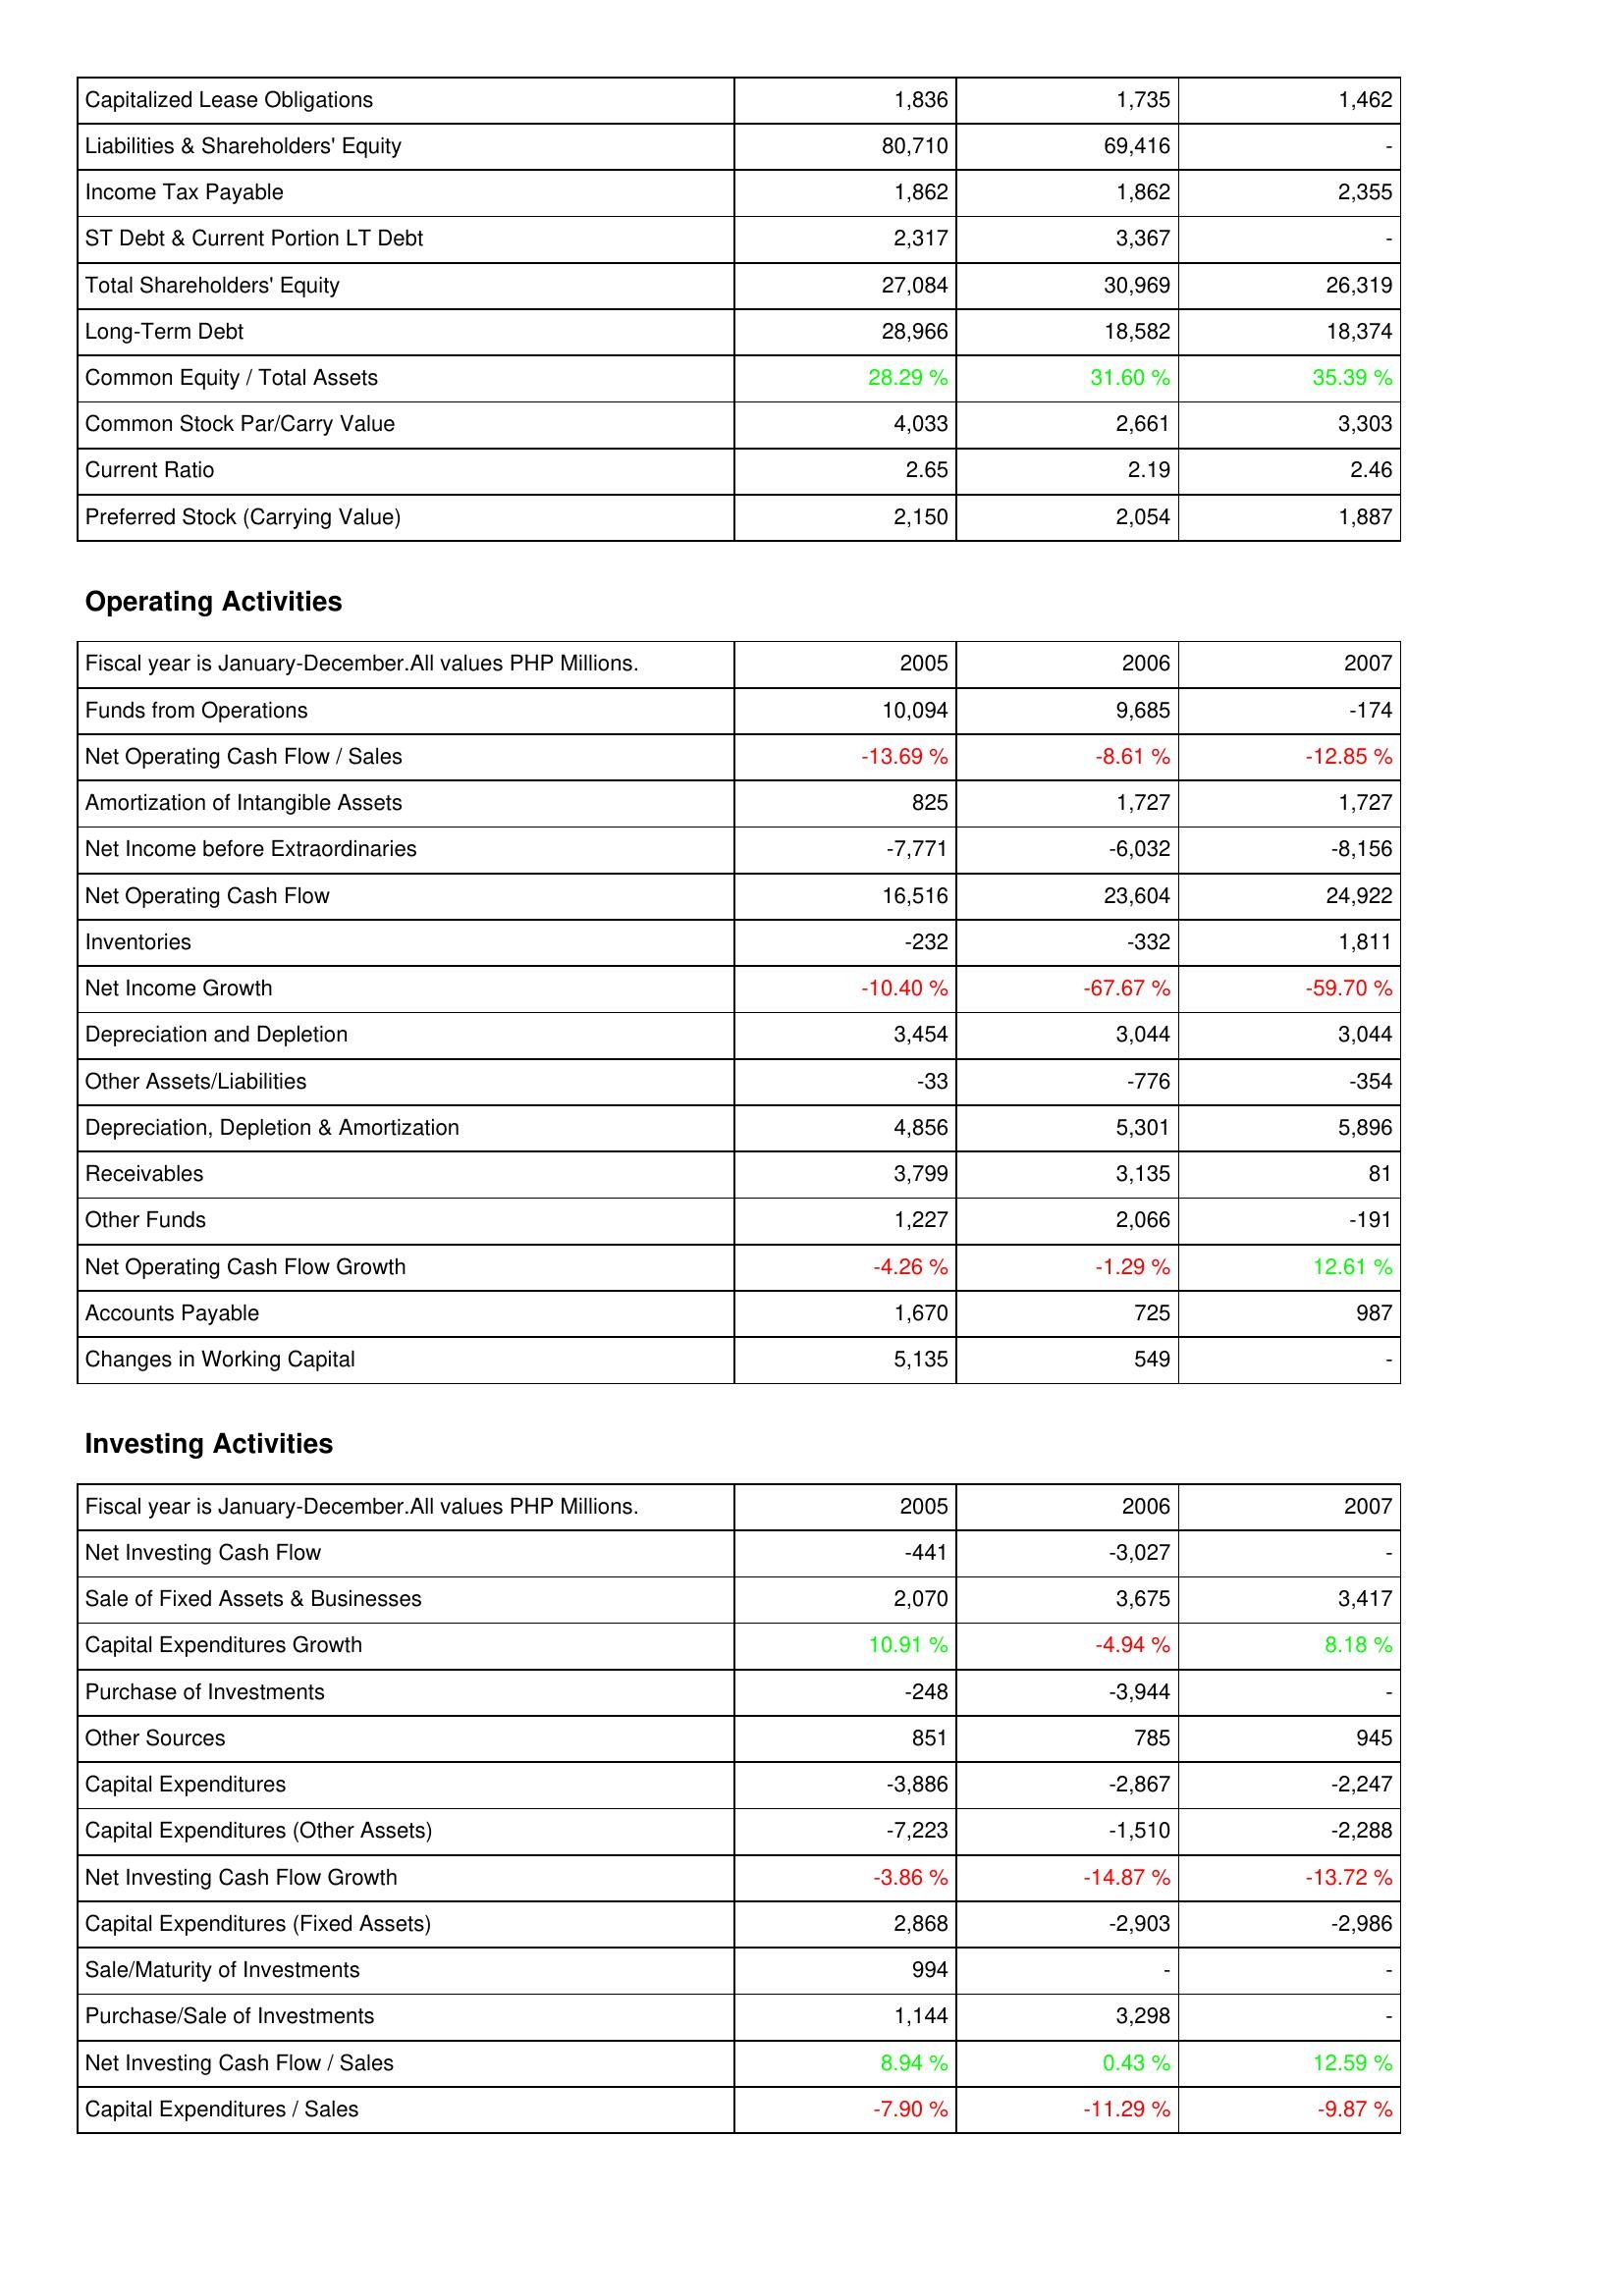
2005: Liabilities & Shareholders' Equity: Capitalized Lease Obligations: 1,836
Liabilities & Shareholders' Equity: 80,710
Income Tax Payable: 1,862
ST Debt & Current Portion LT Debt: 2,317
Total Shareholders' Equity: 27,084
Long-Term Debt: 28,966
Common Equity / Total Assets: 28.29 %
Common Stock Par/Carry Value: 4,033
Current Ratio: 2.65
Preferred Stock (Carrying Value): 2,150
Operating Activities: Funds from Operations: 10,094
Net Operating Cash Flow / Sales: -13.69 %
Amortization of Intangible Assets: 825
Net Income before Extraordinaries: -7,771
Net Operating Cash Flow: 16,516
Inventories: -232
Net Income Growth: -10.40 %
Depreciation and Depletion: 3,454
Other Assets/Liabilities: -33
Depreciation, Depletion & Amortization: 4,856
Receivables: 3,799
Other Funds: 1,227
Net Operating Cash Flow Growth: -4.26 %
Accounts Payable: 1,670
Changes in Working Capital: 5,135
Investing Activities: Net Investing Cash Flow: -441
Sale of Fixed Assets & Businesses: 2,070
Capital Expenditures Growth: 10.91 %
Purchase of Investments: -248
Other Sources: 851
Capital Expenditures: -3,886
Capital Expenditures (Other Assets): -7,223
Net Investing Cash Flow Growth: -3.86 %
Capital Expenditures (Fixed Assets): 2,868
Sale/Maturity of Investments: 994
Purchase/Sale of Investments: 1,144
Net Investing Cash Flow / Sales: 8.94 %
Capital Expenditures / Sales: -7.90 %
2006: Liabilities & Shareholders' Equity: Capitalized Lease Obligations: 1,735
Liabilities & Shareholders' Equity: 69,416
Income Tax Payable: 1,862
ST Debt & Current Portion LT Debt: 3,367
Total Shareholders' Equity: 30,969
Long-Term Debt: 18,582
Common Equity / Total Assets: 31.60 %
Common Stock Par/Carry Value: 2,661
Current Ratio: 2.19
Preferred Stock (Carrying Value): 2,054
Operating Activities: Funds from Operations: 9,685
Net Operating Cash Flow / Sales: -8.61 %
Amortization of Intangible Assets: 1,727
Net Income before Extraordinaries: -6,032
Net Operating Cash Flow: 23,604
Inventories: -332
Net Income Growth: -67.67 %
Depreciation and Depletion: 3,044
Other Assets/Liabilities: -776
Depreciation, Depletion & Amortization: 5,301
Receivables: 3,135
Other Funds: 2,066
Net Operating Cash Flow Growth: -1.29 %
Accounts Payable: 725
Changes in Working Capital: 549
Investing Activities: Net Investing Cash Flow: -3,027
Sale of Fixed Assets & Businesses: 3,675
Capital Expenditures Growth: -4.94 %
Purchase of Investments: -3,944
Other Sources: 785
Capital Expenditures: -2,867
Capital Expenditures (Other Assets): -1,510
Net Investing Cash Flow Growth: -14.87 %
Capital Expenditures (Fixed Assets): -2,903
Sale/Maturity of Investments: -
Purchase/Sale of Investments: 3,298
Net Investing Cash Flow / Sales: 0.43 %
Capital Expenditures / Sales: -11.29 %
2007: Liabilities & Shareholders' Equity: Capitalized Lease Obligations: 1,462
Liabilities & Shareholders' Equity: -
Income Tax Payable: 2,355
ST Debt & Current Portion LT Debt: -
Total Shareholders' Equity: 26,319
Long-Term Debt: 18,374
Common Equity / Total Assets: 35.39 %
Common Stock Par/Carry Value: 3,303
Current Ratio: 2.46
Preferred Stock (Carrying Value): 1,887
Operating Activities: Funds from Operations: -174
Net Operating Cash Flow / Sales: -12.85 %
Amortization of Intangible Assets: 1,727
Net Income before Extraordinaries: -8,156
Net Operating Cash Flow: 24,922
Inventories: 1,811
Net Income Growth: -59.70 %
Depreciation and Depletion: 3,044
Other Assets/Liabilities: -354
Depreciation, Depletion & Amortization: 5,896
Receivables: 81
Other Funds: -191
Net Operating Cash Flow Growth: 12.61 %
Accounts Payable: 987
Changes in Working Capital: -
Investing Activities: Net Investing Cash Flow: -
Sale of Fixed Assets & Businesses: 3,417
Capital Expenditures Growth: 8.18 %
Purchase of Investments: -
Other Sources: 945
Capital Expenditures: -2,247
Capital Expenditures (Other Assets): -2,288
Net Investing Cash Flow Growth: -13.72 %
Capital Expenditures (Fixed Assets): -2,986
Sale/Maturity of Investments: -
Purchase/Sale of Investments: -
Net Investing Cash Flow / Sales: 12.59 %
Capital Expenditures / Sales: -9.87 %